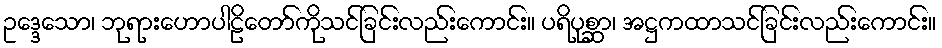
ဥဒ္ဒေသော၊ ဘုရားဟောပါဠိတော်ကိုသင်ခြင်းလည်းကောင်း။ ပရိပုစ္ဆာ၊ အဋ္ဌကထာသင်ခြင်းလည်းကောင်း။